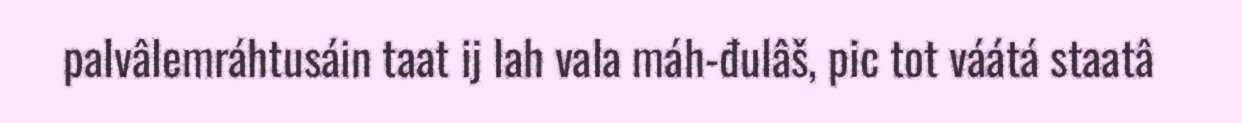
palvâlemráhtusáin taat ij lah vala máh-đulâš, pic tot váátá staatâ